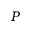
P